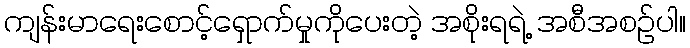
ကျန်းမာရေးစောင့်ရှောက်မှုကိုပေးတဲ့ အစိုးရရဲ့ အစီအစဉ်ပါ။